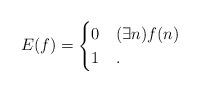
LaTeX: \begin{align*} E(f) = \begin{cases} 0 & (\exists n) f(n) \\ 1 &. \end{cases}\end{align*}